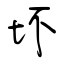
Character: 坏